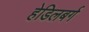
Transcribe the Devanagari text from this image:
हेडिलबर्ग